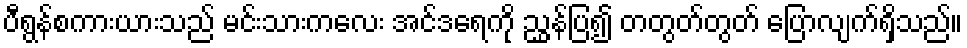
ပီရွန်စကားယားသည် မင်းသားကလေး အင်ဒရေကို ညွှန်ပြ၍ တတွတ်တွတ် ပြောလျက်ရှိသည်။